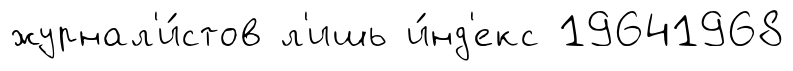
журнал'и́стов л'ишь и́нд'екс 19641968